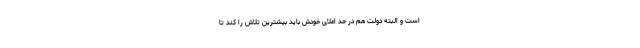
است و البته دولت هم در حد اعلای خودش باید بیشترین تلاش را کند تا